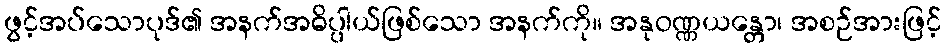
ဖွင့်အပ်သောပုဒ်၏ အနက်အဓိပ္ပါယ်ဖြစ်သော အနက်ကို။ အနုဝဏ္ဏယန္တော၊ အစဉ်အားဖြင့်